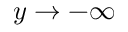
y \rightarrow - \infty